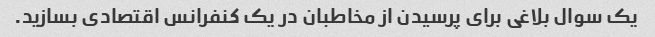
یک سوال بلاغی برای پرسیدن از مخاطبان در یک کنفرانس اقتصادی بسازید.